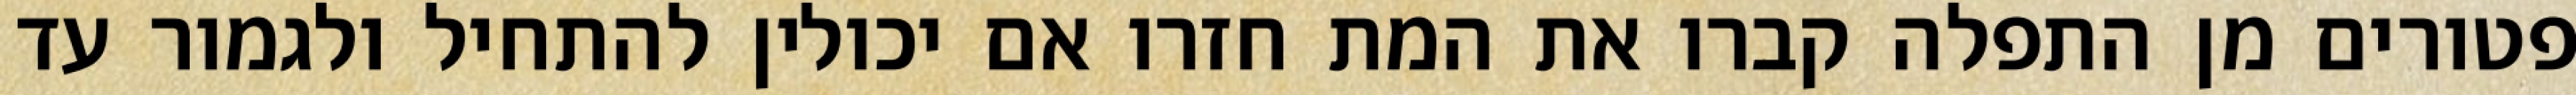
פטורים מן התפלה קברו את המת חזרו אם יכולין להתחיל ולגמור עד